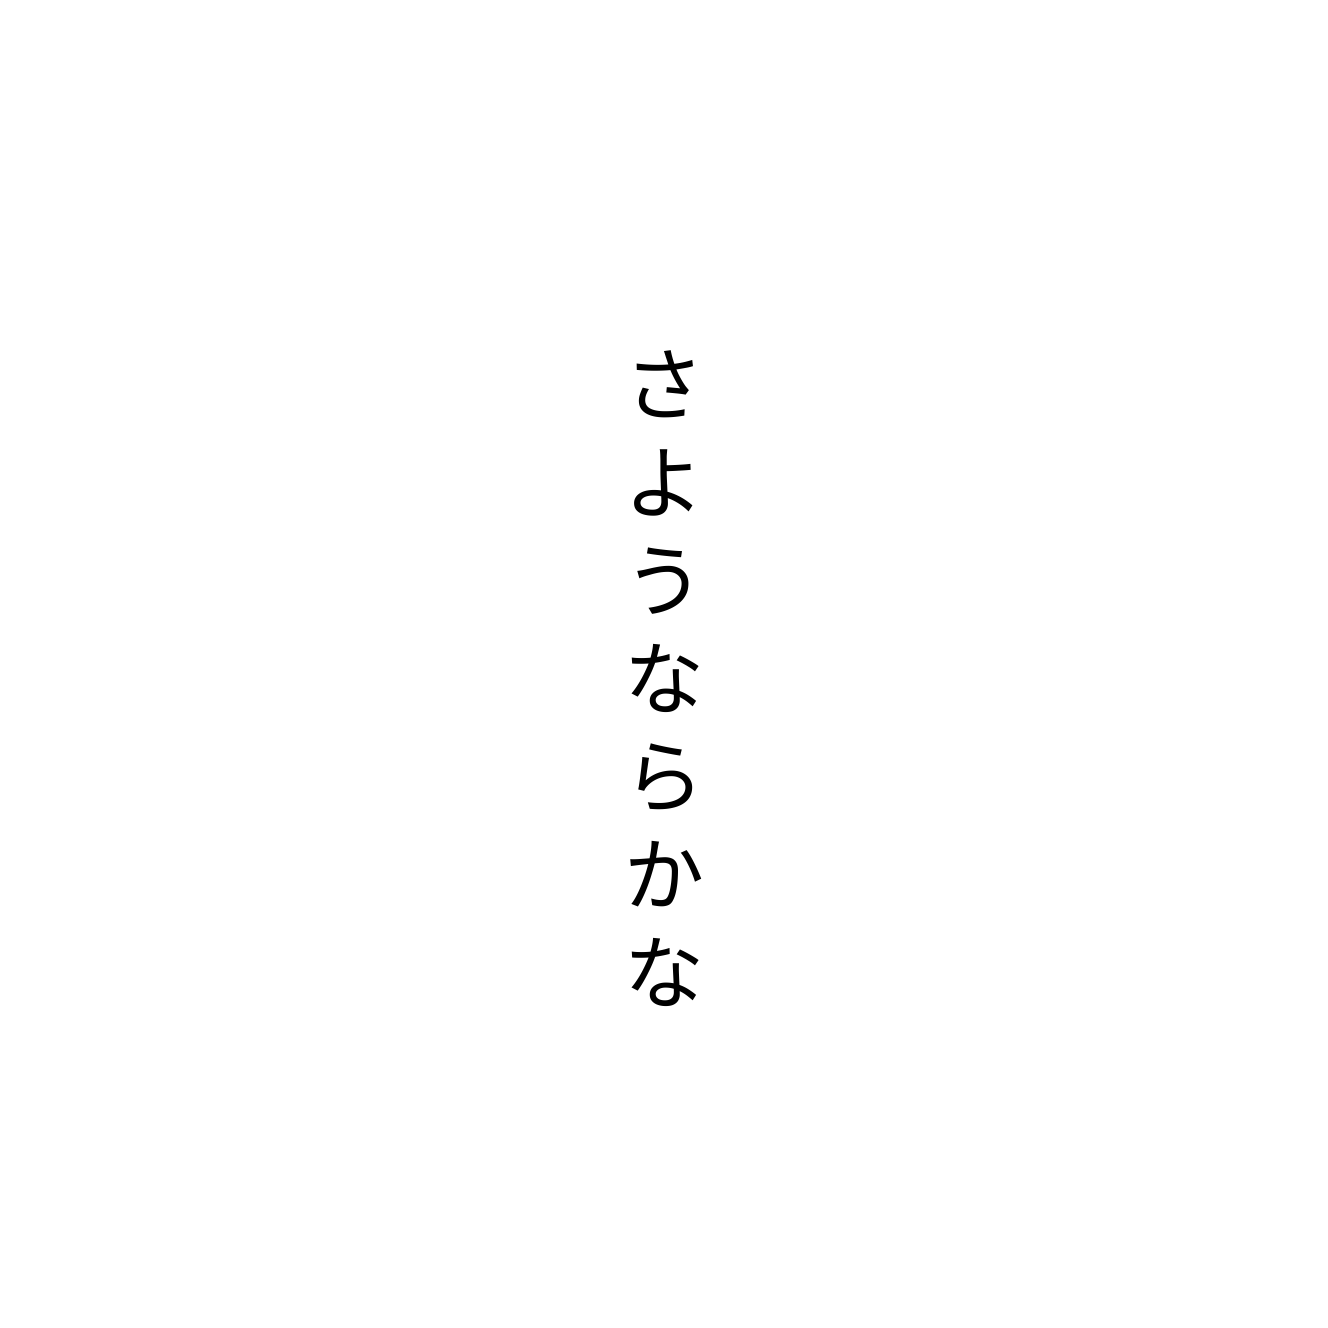
さようならかな